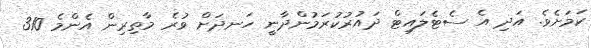
ކަމަށެވެ. އަދި އެ ސެޓެލައިޓް ދައުރުކުރަމުންދާނީ ހަނދަށް ވުރެ މާތިރިން އެންމެ 310